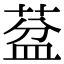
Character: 葐